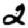
Digit: 2